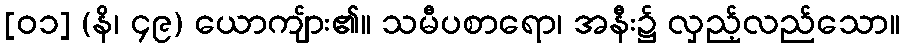
[၀၁] (နိ၊ ၄၉) ယောကျ်ား၏။ သမီပစာရော၊ အနီး၌ လှည့်လည်သော။